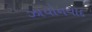
ઝાયોનવાદ